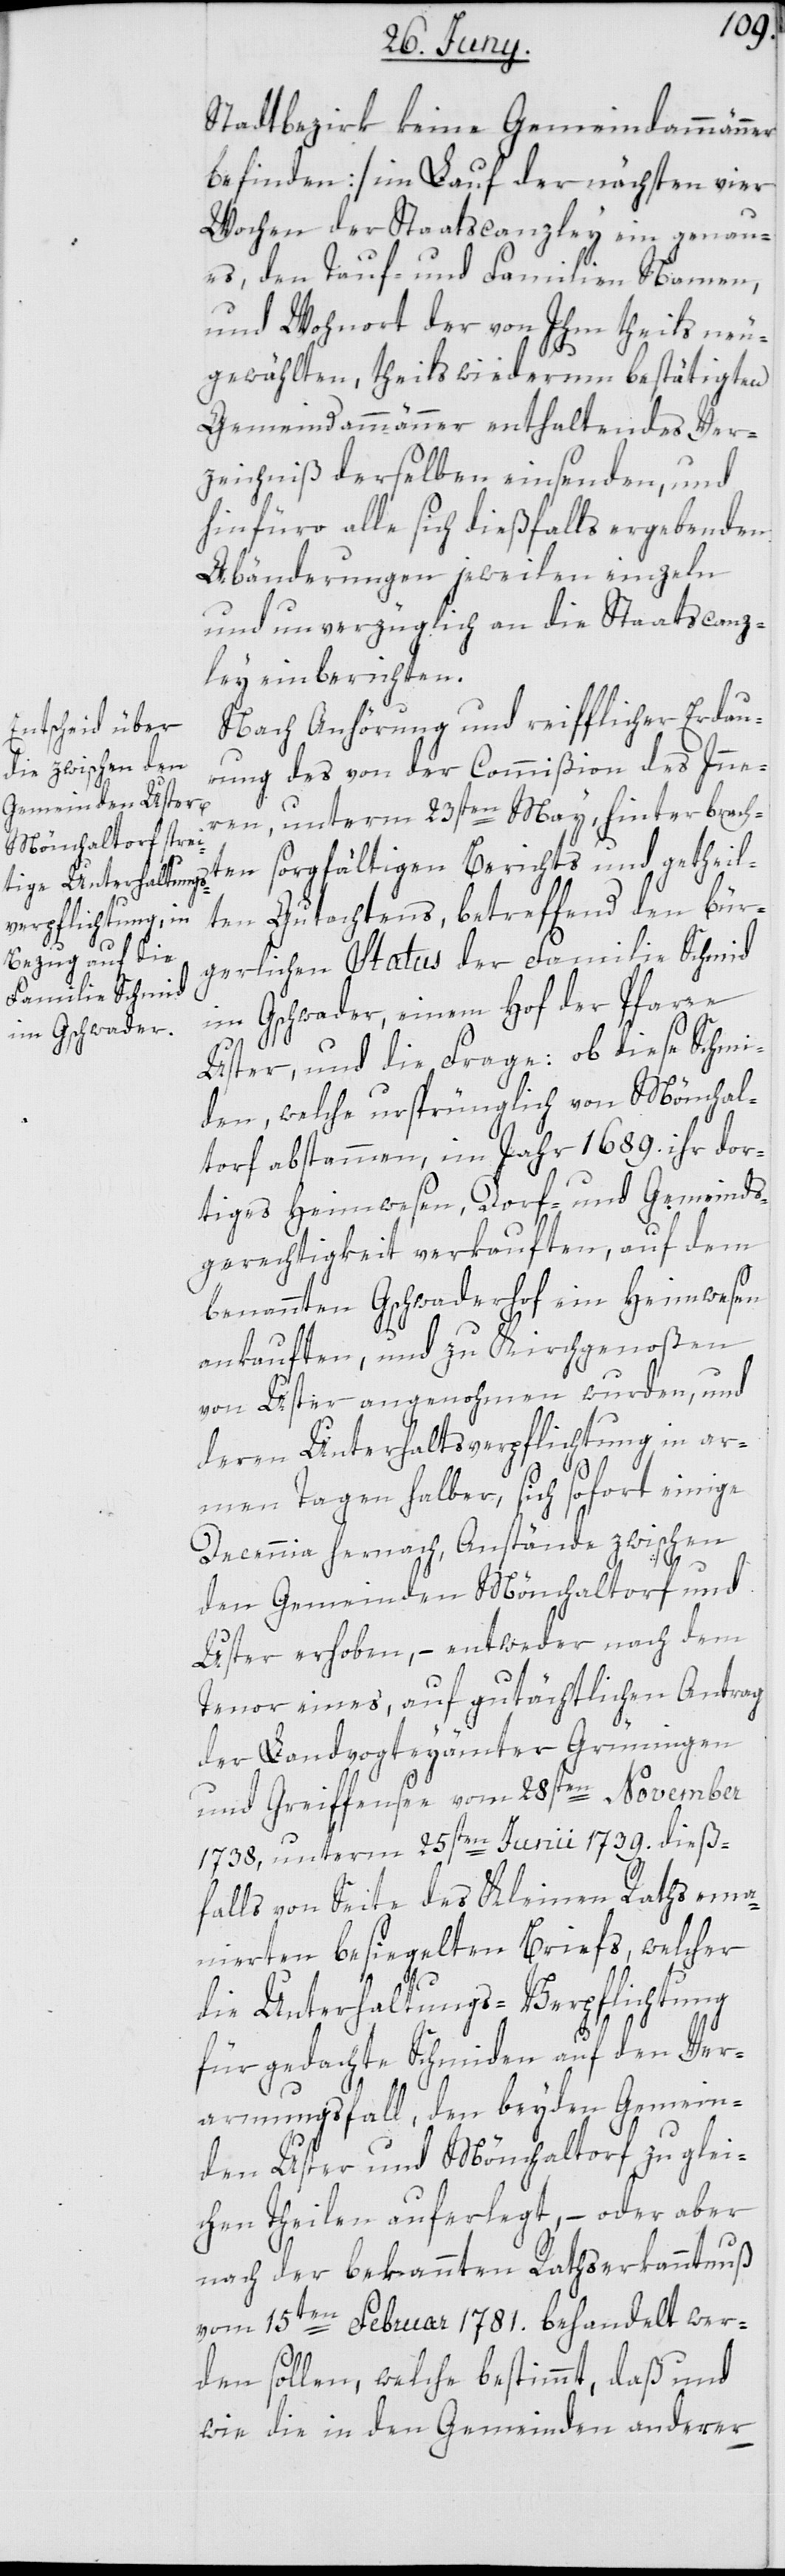
Stadtbezirk keine Gemeindammänner
befinden] im Lauf der nächsten vier
Wochen der Staatscanzley ein genau¬
es, den Tauf- und Familien Namen,
und Wohnort der von Ihm theils neu¬
gewählten, theils wiederum bestätigten
Gemeindammänner enthaltendes Ver¬
zeichniß derselben einsenden, und
hinfüro alle sich dießfalls ergebenden
Abänderungen jeweilen einzeln
und unverzüglich an die Staatscanz¬
ley einberichten.
Nach Anhörung und reifflicher Erdau¬
rung des von der Commißion des Inne¬
rn unterm 23sten May hinterbrach¬
ten sorgfältigen Berichts und getheil¬
ten Gutachtens, betreffend den bür¬
gerlichen Status der Familie Schmid
im Gschwader, einem Hof der Pfarre
Uster, und die Frage: ob diese Schmi¬
den, welche ursprünglich von Mönchal¬
torf abstammen, im Jahr 1689. ihr dor¬
tiges Heimwesen, Dorf- und Gemeinds¬
gerechtigkeit verkauften, auf dem
benannten Gschwaderhof ein Heimwesen
ankauften, und zu Kirchgenoßen
von Uster angenohmen wurden, und
deren Unterhaltsverpflichtung in ar¬
men Tagen halber, sich sofort einige
Decennia hernach, Anstände zwischen
den Gemeinden Mönchaltorf und
Uster erhoben, – entweder nach dem
Tenor eines, auf gutächtlichen Antrag
der Landvogteyämter Grüningen
und Greiffensee vom 28sten November
1738, unterm 25sten Junii 1739. dieß¬
falls von Seite des Kleinen Raths ema¬
nierten besiegelten Briefs, welcher
die Unterhaltungs-Verpflichtung
für gedachte Schmiden auf den Ver¬
armungsfall, den beyden Gemein¬
den Uster und Mönchaltorf zu glei¬
chen Theilen auferlegt, – oder aber
nach der bekannten Rathserkanntnuß
vom 15ten Februar 1781. behandelt wer¬
den sollen, welche bestimmt, daß und
wie die in den Gemeinden anderer